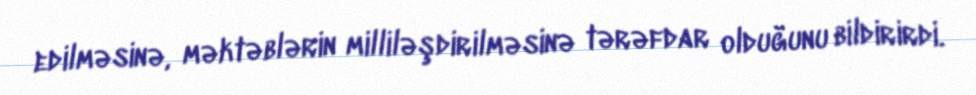
edilməsinə, məktəblərin milliləşdirilməsinə tərəfdar olduğunu bildirirdi.